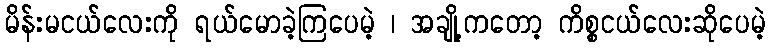
မိန်းမငယ်လေးကို ရယ်မောခဲ့ကြပေမဲ့ ၊ အချို့ကတော့ ကိစ္စငယ်လေးဆိုပေမဲ့